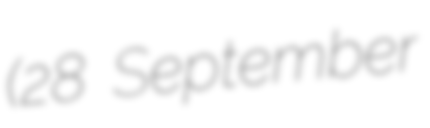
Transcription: (28 September